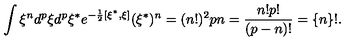
\int \xi ^ { n } d ^ { p } \xi d ^ { p } \xi ^ { * } e ^ { - \frac 1 2 [ \xi ^ { * } , \xi ] } ( \xi ^ { * } ) ^ { n } = ( n ! ) ^ { 2 } { \binom { p } { n } } = \frac { n ! p ! } { ( p - n ) ! } = \{ n \} ! .